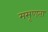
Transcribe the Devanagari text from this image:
मसृणता